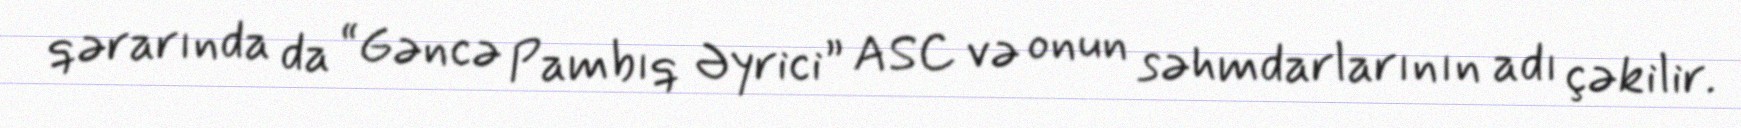
qərarında da “Gəncə Pambıq Əyrici” ASC və onun səhmdarlarının adı çəkilir.